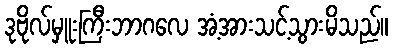
ဒုဗိုလ်မှူးကြီးဘာဂလေ အံ့အားသင့်သွားမိသည်။